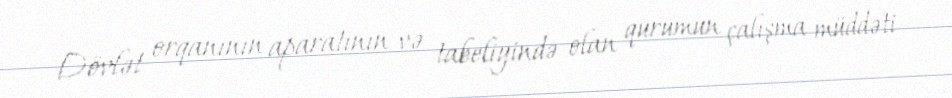
Dövlət orqanının aparatının və tabeliyində olan qurumun çalışma müddəti